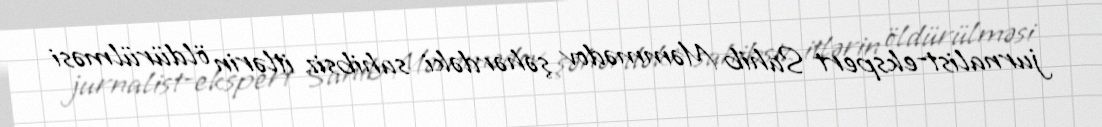
jurnalist-ekspert Sahib Məmmədov şəhərdəki sahibsiz itlərin öldürülməsi